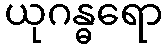
ယုဂန္ဓရော